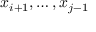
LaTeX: x _ { i + 1 } , \dots , x _ { j - 1 }